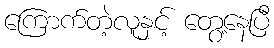
ကြောက်တဲ့လူနှင့် တွေ့နေပြီ